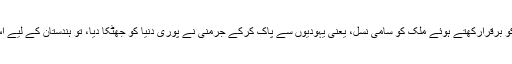
ان کا کہنا ہے: ”اپنی نسل کی پاکیزگی اور اس کے کلچر کو برقرارکھتے ہوئے ملک کو سامی نسل، یعنی یہودیوں سے پاک کرکے جرمنی نے پوری دنیا کو جھٹکا دیا، تو ہندستان کے لیے اس سے سیکھنے اور استفادہ کرنے کا ایک اچھا سبق ہے“۔